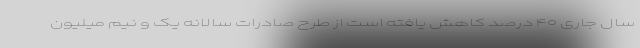
سال جاری ۴۰ درصد کاهش یافته است از طرح صادرات سالانه یک و نیم میلیون